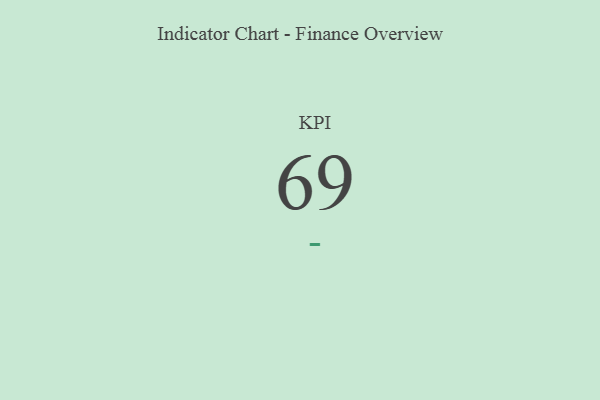
{"axis": {"x": "KPI", "y": "Value"}, "legend": [""], "data": [{"x": "KPI", "y": 69, "type": ""}]}